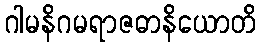
ဂါမနိဂမရာဇဓာနိယောတိ